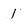
Character: 1